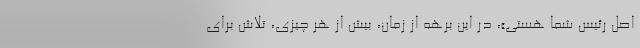
اصل رئیس شما هستی»، در این برهه از زمان، بیش از هر چیزی، تلاش برای